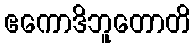
ဧကောဒိဘူတောတိ